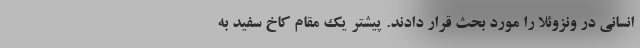
انسانی در ونزوئلا را مورد بحث قرار دادند. پیشتر یک مقام کاخ سفید به